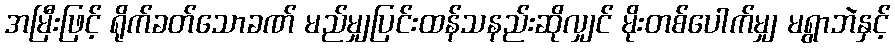
အမြီးဖြင့် ရိုက်ခတ်သောခဏ် မည်မျှပြင်းထန်သနည်းဆိုလျှင် မိုးတစ်ပေါက်မျှ မရွာဘဲနှင့်